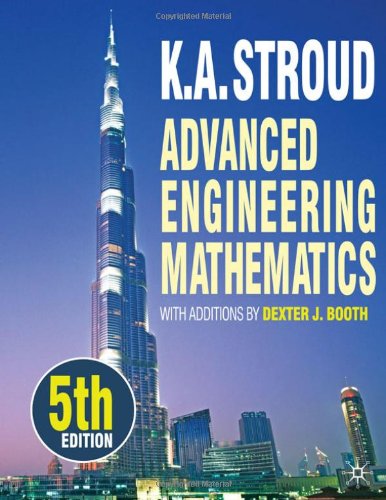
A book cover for Advanced Engineering Mathematics, Fifth Edition; Kenneth Stroud; Science & Math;